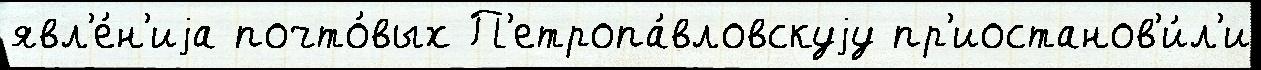
явл'е́н'иjа почто́вых П'етропа́вловскуjу пр'иостанов'и́л'и